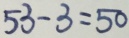
5 3 - 3 = 5 0